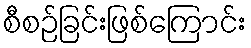
စီစဉ်ခြင်းဖြစ်ကြောင်း